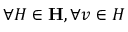
\forall H \in \mathbf { H } , \forall v \in H